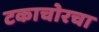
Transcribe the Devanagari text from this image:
टकाचोरचा